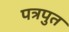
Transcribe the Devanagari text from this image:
पत्रपुत